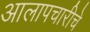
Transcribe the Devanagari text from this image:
आलापचारीचे